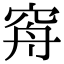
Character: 𥥳